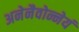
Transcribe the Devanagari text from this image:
अनेनैवोन्नेयं